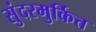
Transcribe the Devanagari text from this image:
सुंदरमुर्कित्त